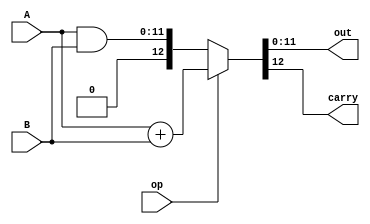
module ALU(input op,input[11:0] A,B ,output [11:0] out,output carry);
  assign {carry,out} = (~op)?A&B:A+B;
endmodule